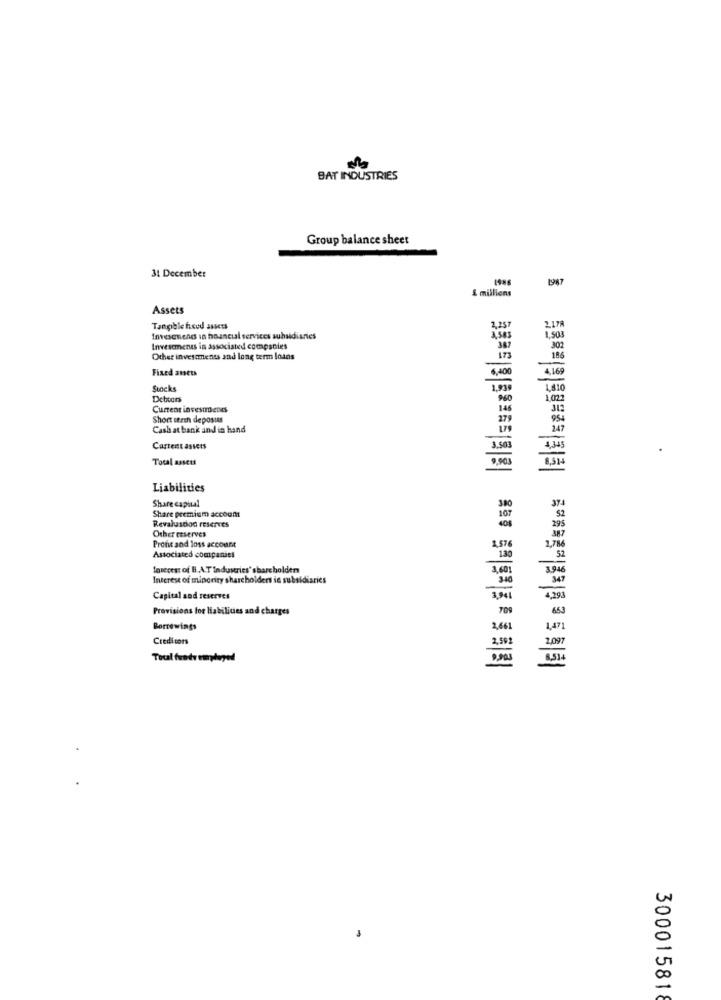
BAT INDUSTRIES
Group balance sheet
31 December
1947
& millions
Assets
Tangible fixed assets
2,257
2.17A
Invesenends in hoancial services subsidiaries
1,508
Investments in associated compsoles
387
302
Other investments and long term loans
173
186
Fixed assets
6,400
468
Stocks
1,810
Debeers
1027
Current investments
145
Short term deposits
Cash at bank and in hand
247
Cartent assets
Total assets
Liabilities
Share capital
300
107
Share premium account
Revaluschod reserves
401
Other reserves
Profit and loss account
1,576
2,786
Associated companies
180
Interess of B.A.T Industries' share holder
3,60
Interest of minority shareholders is subsidiaries
340
347
Capital and reserves
Provisions for liabilities and charges
Borrowings
2,61
1,47
Creditors
2.50
2,097
30001581